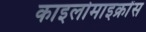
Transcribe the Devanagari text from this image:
काइलोमाइक्रोंस